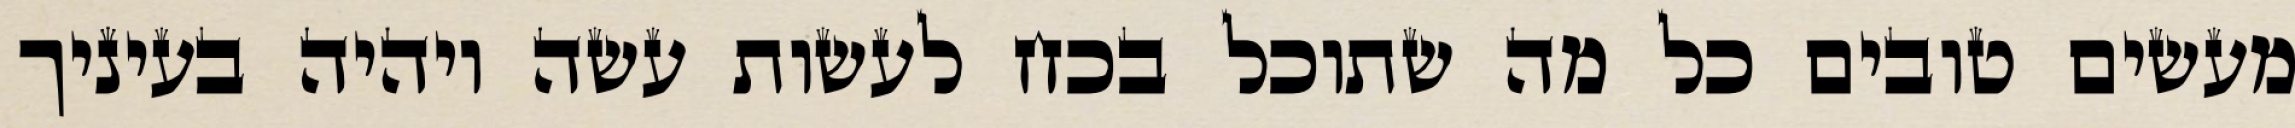
מעשים טובים כל מה שתוכל בכח לעשות עשה ויהיה בעיניך